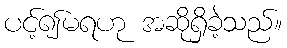
ပင့်၍မရဟု အဆိုရှိခဲ့သည်။